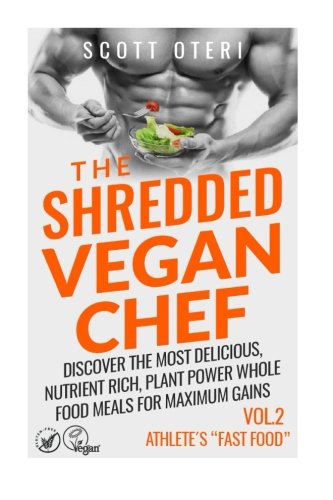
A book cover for THE SHREDDED VEGAN CHEF (VOL.2 ATHLETE'S "Fast Food"): Discover The Most Delicious, Nutrient Rich, Plant Power Whole Food Meals For Maximum Gains (The Vegan Gluten Free Cookbook) (Volume 2); Scott Oteri; Health, Fitness & Dieting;